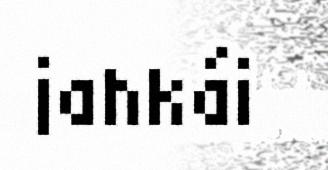
jahkái